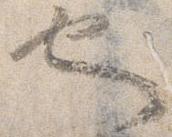
也